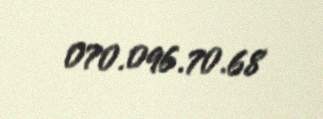
070.096.70.68